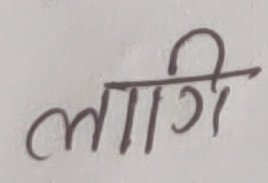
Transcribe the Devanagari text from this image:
लागि